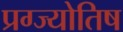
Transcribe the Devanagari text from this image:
प्रग्ज्योतिष